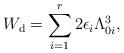
LaTeX: \begin{align*}W_{\mathrm{d}}=\sum _{i=1}^{r}2\epsilon _{i}\Lambda _{0i}^{3},\end{align*}